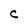
Character: C